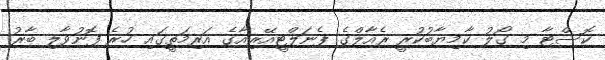
ކޮސްޓާ މި ގޯލު ކާމިޔާބުކުރީ ރެއާލްގެ ޕެނަލްޓީއޭރިއާގެ އަރިމަތީގައި ހުރެ ފޮނުވާލި ބާރު